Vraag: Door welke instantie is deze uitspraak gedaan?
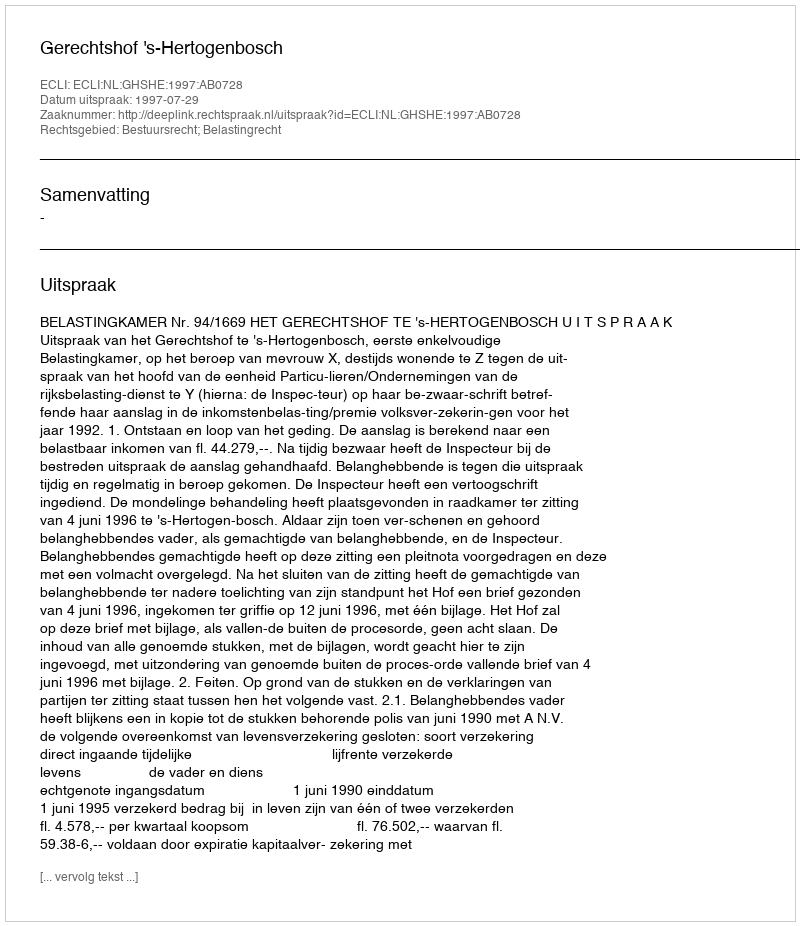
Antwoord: Gerechtshof 's-Hertogenbosch